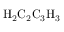
\mathrm { H } _ { 2 } \mathrm { C } _ { 2 } \mathrm { C } _ { 3 } \mathrm { H } _ { 3 }